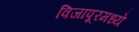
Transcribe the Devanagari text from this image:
विजापूरमध्ये